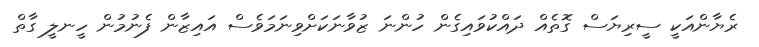
ރެޔާންއަކީ ސީރިޔަސް ގޮތެއް ދައްކުވައިގެން ހުންނަ ޒުވާނަކަށްވިނަމަވެސް އައިޒާން ފެނުމުން ހީނލީ ގާތް